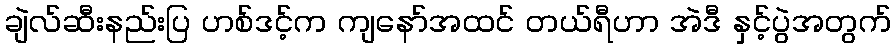
ချဲလ်ဆီးနည်းပြ ဟစ်ဒင့်က ကျနော်အထင် တယ်ရီဟာ အဲဒီ နှင့်ပွဲအတွက်